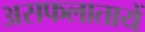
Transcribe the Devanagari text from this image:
असफलातायें